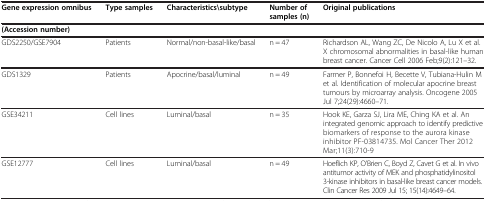
<table><thead><tr><td><b>Gene expression omnibus</b></td><td><b>Type samples</b></td><td><b>Characteristics\subtype</b></td><td><b>Number of samples (n)</b></td><td><b>Original publications</b></td></tr></thead><tbody><tr><td><b>(Accession number)</b></td><td> </td><td> </td><td> </td><td> </td></tr><tr><td>GDS2250/GSE7904</td><td>Patients</td><td>Normal/non-basal-like/basal</td><td>n = 47</td><td>Richardson AL, Wang ZC, De Nicolo A, Lu X et al. X chromosomal abnormalities in basal-like human breast cancer. Cancer Cell 2006 Feb;9(2):121–32.</td></tr><tr><td>GDS1329</td><td>Patients</td><td>Apocrine/basal/luminal</td><td>n = 49</td><td>Farmer P, Bonnefoi H, Becette V, Tubiana-Hulin M et al. Identification of molecular apocrine breast tumours by microarray analysis. Oncogene 2005 Jul 7;24(29):4660–71.</td></tr><tr><td>GSE34211</td><td>Cell lines</td><td>Luminal/basal</td><td>n = 35</td><td>Hook KE, Garza SJ, Lira ME, Ching KA et al. An integrated genomic approach to identify predictive biomarkers of response to the aurora kinase inhibitor PF-03814735. Mol Cancer Ther 2012 Mar;11(3):710-9</td></tr><tr><td>GSE12777</td><td>Cell lines</td><td>Luminal/basal</td><td>n = 49</td><td>Hoeflich KP, O’Brien C, Boyd Z, Cavet G et al. In vivo antitumor activity of MEK and phosphatidylinositol 3-kinase inhibitors in basal-like breast cancer models. Clin Cancer Res 2009 Jul 15; 15(14):4649–64.</td></tr></tbody></table>